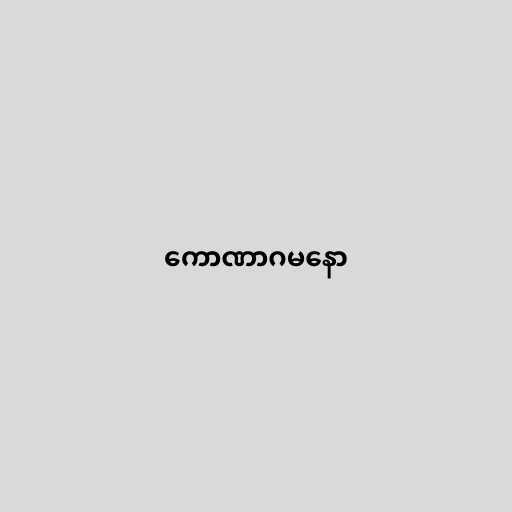
ကောဏာဂမနော